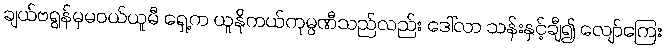
ချယ်ဗရွန်မှမဝယ်ယူမီ ရှေ့က ယူနိုကယ်ကုမ္ပဏီသည်လည်း ဒေါ်လာ သန်းနှင့်ချီ၍ လျော်ကြေး